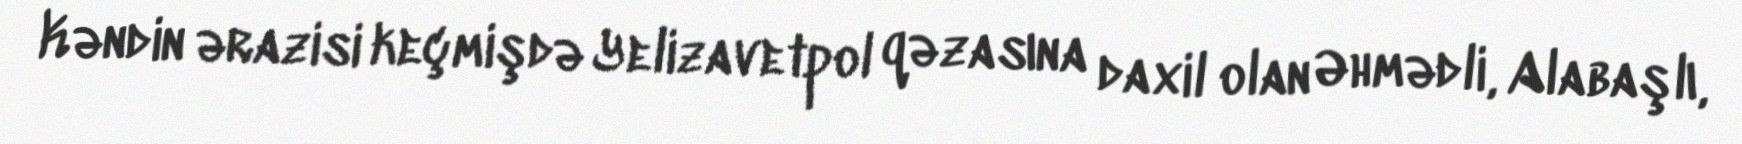
Kəndin ərazisi keçmişdə Yelizavetpol qəzasına daxil olan Əhmədli, Alabaşlı,